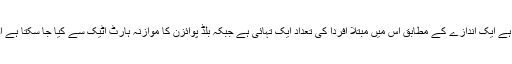
بلڈ پوائزن یعنی سپیسیس بریسٹ کینسر اور ایڈز سے کم خطرناک ہوتا ہے ایک اندازے کے مطابق اس میں مبتلا افردا کی تعداد ایک تہائی ہے جبکہ بلڈ پوائزن کا موازنہ ہارٹ اٹیک سے کیا جا سکتا ہے اور اس میں مبتلا افراد کی اموات عام طور پر آئی سی یو میں ہوتی ہیں۔